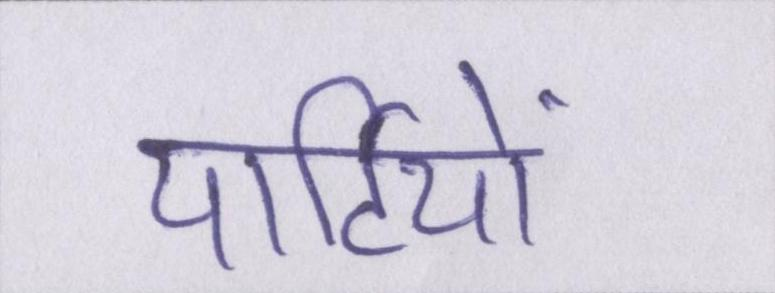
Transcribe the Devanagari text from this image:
पार्टियों